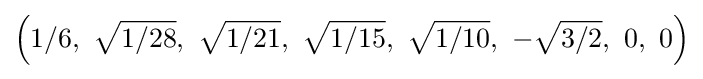
\left(1/6,\ {\sqrt {1/28}},\ {\sqrt {1/21}},\ {\sqrt {1/15}},\ {\sqrt {1/10}},\ -{\sqrt {3/2}},\ 0,\ 0\right)